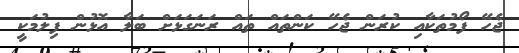
ޖެހޭ ފޯމުތަކާއި ކުރަން ޖެހޭ ކަންތައް ތައް ރަނަގަޅަށް ބަލާ އޮޅުން ފިލުމަކީ